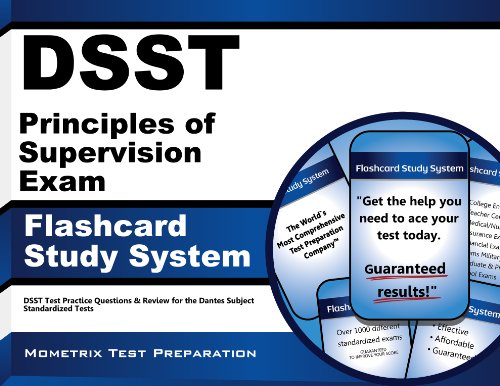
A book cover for DSST Principles of Supervision Exam Flashcard Study System: DSST Test Practice Questions & Review for the Dantes Subject Standardized Tests; DSST Exam Secrets Test Prep Team; Test Preparation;